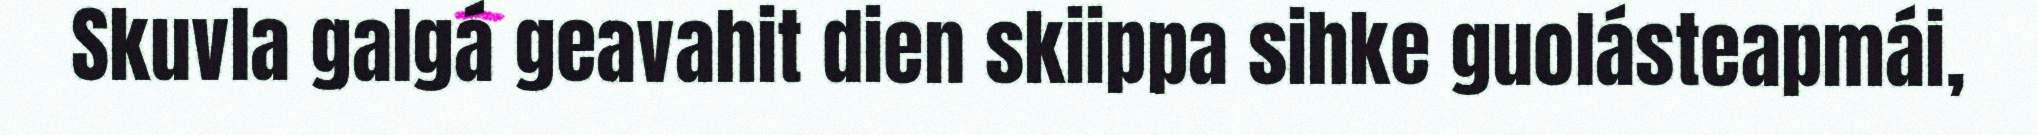
Skuvla galgá geavahit dien skiippa sihke guolásteapmái,